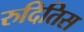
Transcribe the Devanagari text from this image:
रुदितिस